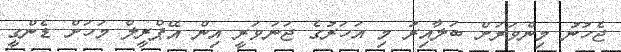
ޖެހުނު މިންވަރަށް ބަލާއިރު މި އަހަރުގެ ޖަނަވަރީ އިން އޭޕްރީލް މަހަށް ޑެންގީ